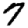
Digit: 7